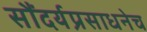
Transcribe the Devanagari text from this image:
सौंदर्यप्रसाधनेच